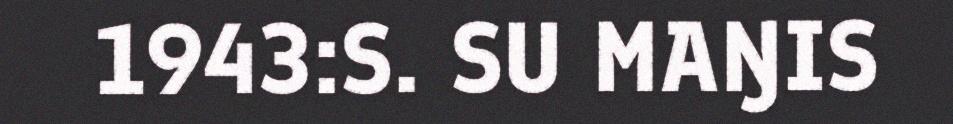
1943:S. SU MAŊIS